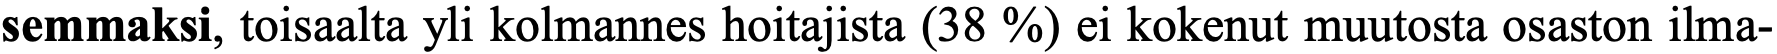
semmaksi, toisaalta yli kolmannes hoitajista (38 %) ei kokenut muutosta osaston ilma-